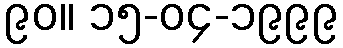
၉၀။ ၁၅-၀၄-၁၉၉၉